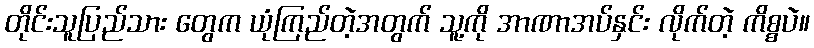
တိုင်းသူပြည်သား တွေက ယုံကြည်တဲ့အတွက် သူ့ကို အာဏာအပ်နှင်း လိုက်တဲ့ ကိစ္စပဲ။